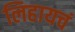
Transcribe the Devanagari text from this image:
लिहायचं